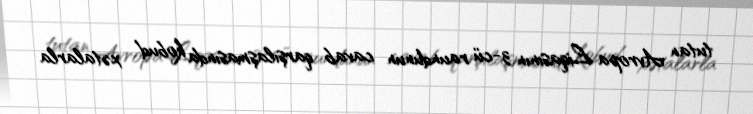
tutan Avropa Liqasının 3-cü raundunun cavab qarşılaşmasında kobud xətalarla